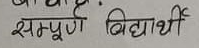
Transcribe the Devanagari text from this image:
सम्पूर्ण विद्यार्थी